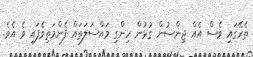
ތެރޭގައި ވެސް އެއް ޖިންސުން ގުޅުން ހިންގި މައްސަލަތައް ފެންމަތިވެފައި ވެ އެވެ.